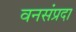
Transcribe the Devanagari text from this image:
वनसंप्रदा